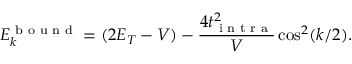
E _ { k } ^ { \textrm { b o u n d } } = ( 2 E _ { T } - V ) - \frac { 4 t _ { \textrm { i n t r a } } ^ { 2 } } { V } \cos ^ { 2 } ( k / 2 ) .